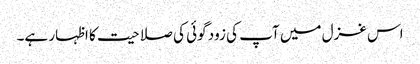
اس غزل میں آپ کی زود گوئی کی صلاحیت کا اظہار ہے۔